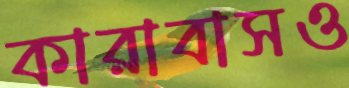
কারাবাসও